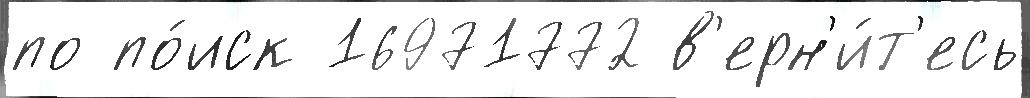
по по́иск 16971772 в'ерн'и́т'есь